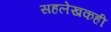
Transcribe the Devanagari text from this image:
सहलेखकही